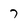
Character: 7